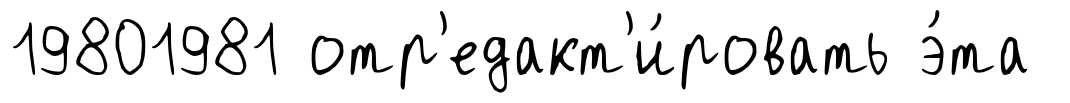
19801981 отр'едакт'и́ровать э́та